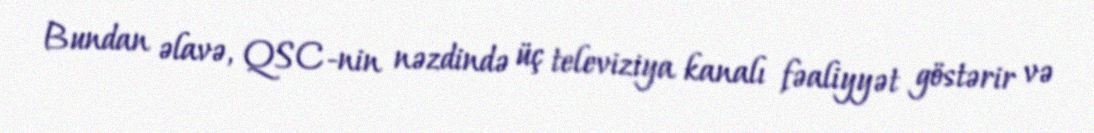
Bundan əlavə, QSC-nin nəzdində üç televiziya kanalı fəaliyyət göstərir və